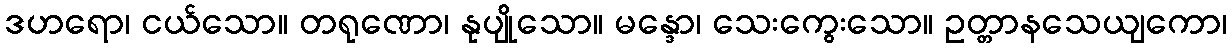
ဒဟရော၊ ငယ်သော။ တရုဏော၊ နုပျိုသော။ မန္ဒော၊ သေးကွေးသော။ ဥတ္တာနသေယျကော၊